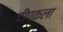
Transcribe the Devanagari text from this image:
दीपकला